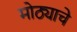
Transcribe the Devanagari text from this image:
मोठ्याचे